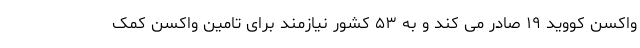
واکسن کووید ۱۹ صادر می کند و به ۵۳ کشور نیازمند برای تامین واکسن کمک